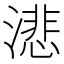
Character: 𬈺